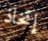
إتخاذ